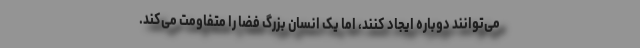
می‌توانند دوباره ایجاد کنند، امّا یک انسان بزرگ فضا را متفاومت می‌کند.